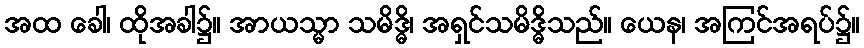
အထ ခေါ၊ ထိုအခါ၌။ အာယသ္မာ သမိဒ္ဓိ၊ အရှင်သမိဒ္ဓိသည်။ ယေန၊ အကြင်အရပ်၌။